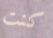
كنت